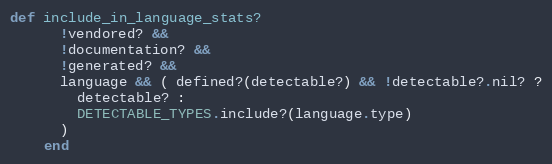
Language: Ruby
def include_in_language_stats?
      !vendored? &&
      !documentation? &&
      !generated? &&
      language && ( defined?(detectable?) && !detectable?.nil? ?
        detectable? :
        DETECTABLE_TYPES.include?(language.type)
      )
    end